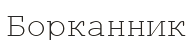
Борканник